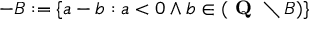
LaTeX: - B : = \{ a - b : a < 0 \land b \in ( { \textbf { Q } } \setminus B ) \}